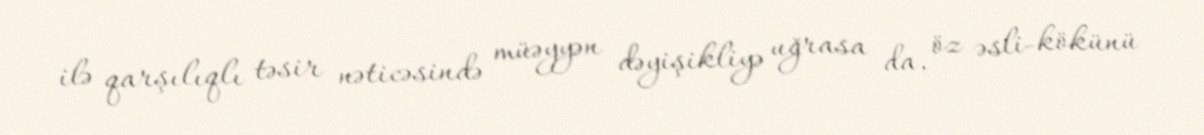
ilə qarşılıqlı təsir nəticəsində müəyyən dəyişikliyə uğrasa da, öz əsli-kökünü